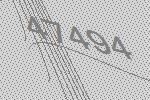
47494